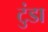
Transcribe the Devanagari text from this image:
टुंडा